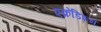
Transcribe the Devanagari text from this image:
एक्रेडिशन